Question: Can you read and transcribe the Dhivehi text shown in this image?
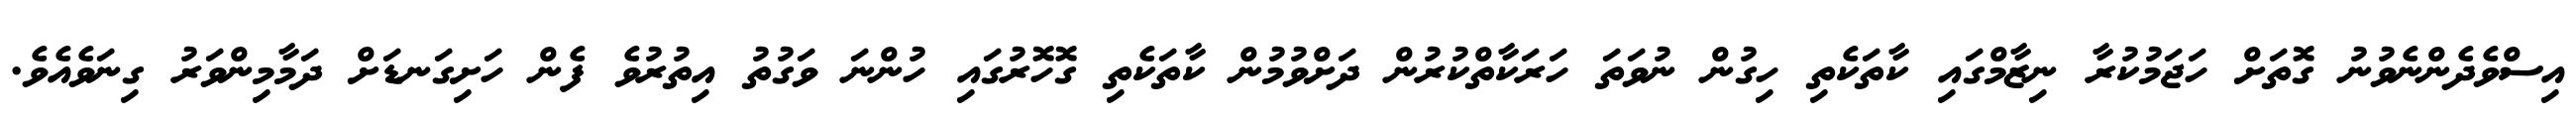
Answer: އިސްވެދެންނެވުނު ގޮތަށް ހަޖަމުކުރާ ނިޒާމްގައި ކާތަކެތި ހިގުން ނުވަތަ ހަރަކާތްކުރުން ދަށްވުމުން ކާތަކެތި ގޮހޮރުގައި ހުންނަ ވަގުތު އިތުރުވެ ފެން ހަށިގަނޑަށް ދަމާމިންވަރު ގިނަވެއެވެ.